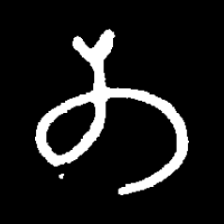
Pyu character \u2014 Myanmar letter: တ (romanized: ta)